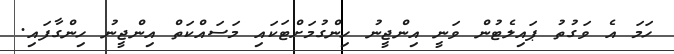
ހަމަ އެ ވަގުތު ޕައިލެޓުން ވަނީ އިންޖީނު ހިންގުމަށްޓަކައި މަސައްކަތް އިންޖީނު ހިންގާފައި.